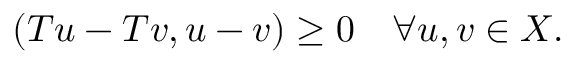
( T u - T v , u - v ) \geq 0 \quad \forall u , v \in X .